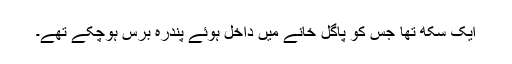
ایک سِکھ تھا جس کو پاگل خانے میں داخل ہوئے پندرہ برس ہوچکے تھے۔